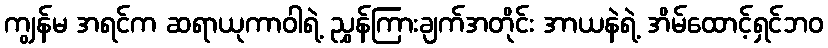
ကျွန်မ အရင်က ဆရာယုကာဝါရဲ့ ညွှန်ကြားချက်အတိုင်း အာယနဲရဲ့ အိမ်ထောင့်ရှင်ဘဝ